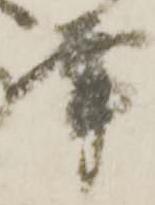
幸